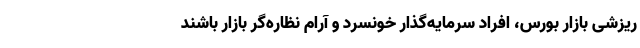
ریزشی بازار بورس، افراد سرمایه‌گذار خونسرد و آرام نظاره‌گر بازار باشند